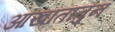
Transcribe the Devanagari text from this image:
आखातातुन